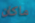
ماكان